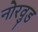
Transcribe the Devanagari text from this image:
नोरवुड